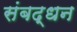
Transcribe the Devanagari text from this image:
संबद्धन